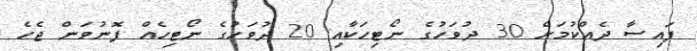
ފައިސާ ދެއްކުމަށް 30 ދުވަހުގެ ނޯޓިހަކާއި 20 ދުވަހުގެ ނޯޓިހެއް ފޮނުވަން ޖެހެ